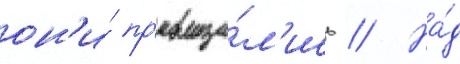
он'и́ пр'евраща́л'ись // На́д